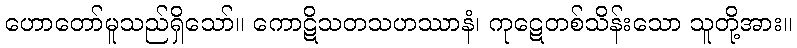
ဟောတော်မူသည်ရှိသော်။ ကောဋိသတသဟဿာနံ၊ ကုဋေတစ်သိန်းသော သူတို့အား။